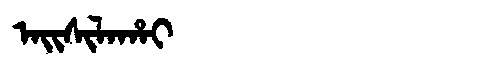
Manchu: ᠠᡳᠰᡳᠯᠠᡥᠠᡳ
Romanization: AISILAHAI